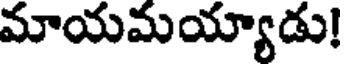
మాయమయ్యాడు!